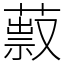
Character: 䔴